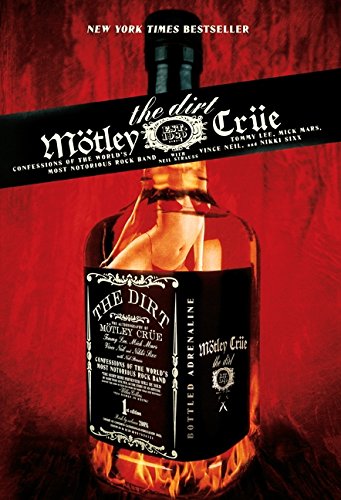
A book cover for The Dirt: Confessions of the World's Most Notorious Rock Band; Tommy Lee; Arts & Photography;